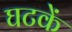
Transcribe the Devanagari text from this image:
घटकें